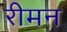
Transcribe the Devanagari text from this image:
रीमन